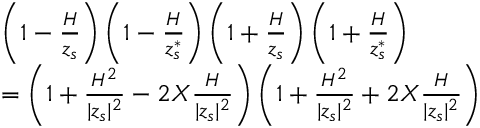
\begin{array} { l } { \left( 1 - \frac { { \cal H } } { z _ { s } } \right) \left( 1 - \frac { { \cal H } } { z _ { s } ^ { * } } \right) \left( 1 + \frac { { \cal H } } { z _ { s } } \right) \left( 1 + \frac { { \cal H } } { z _ { s } ^ { * } } \right) } \\ { = \left( 1 + \frac { { \cal H } ^ { 2 } } { | z _ { s } | ^ { 2 } } - 2 X \frac { { \cal H } } { | z _ { s } | ^ { 2 } } \right) \left( 1 + \frac { { \cal H } ^ { 2 } } { | z _ { s } | ^ { 2 } } + 2 X \frac { { \cal H } } { | z _ { s } | ^ { 2 } } \right) } \end{array}